Lunatic asylums Punjab 1868-1880 - 1868-1880
Year: 1868
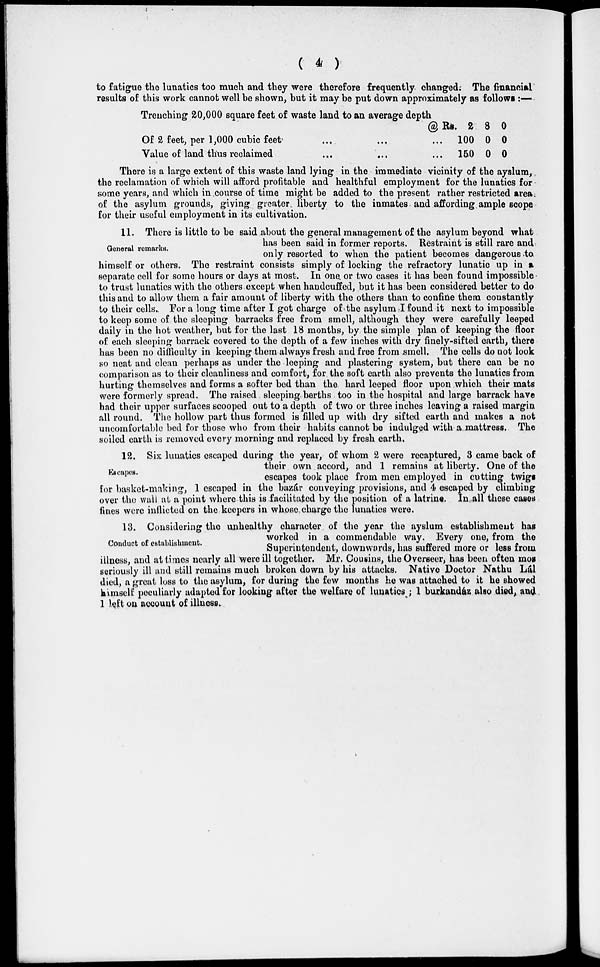
( 4 )
to fatigue the lunatics too much and they were therefore frequently changed. The financial
results of this work cannot well be shown, but it may be put down approximately as follows :—
Trenching
20,000 square feet of waste land to an average depth
@ Rs.
Of 2 feet, per 1,000 cubic feet
...
...
...
Value of land thus reclaimed
...
...
...
2
100
150
8
0
0
0
0
0
There is a large extent of this waste land lying in the immediate vicinity of the ayslum,
the reclamation of which will afford profitable and healthful employment for the lunatics for
some years, and which in course of time might be added to the present rather restricted area
of the asylum grounds, giving greater liberty to the inmates and affording ample scope
for their useful employment in its cultivation.
General remarks.
11. There is little to be said about the general management of the asylum beyond what
has been said in former reports. Restraint is still rare and
only resorted to when the patient becomes dangerous to
himself or others. The restraint consists simply of locking the refractory lunatic up in a
separate cell for some hours or days at most. In one or two cases it has been found impossible
to trust lunatics with the others except when handcuffed, but it has been considered better to do
this and to allow them a fair amount of liberty with the others than to confine them constantly
to their cells. For a long time after I got charge of the asylum I found it next to impossible
to keep some of the sleeping barracks free from smell, although they were carefully leeped
daily in the hot weather, but for the last 18 months, by the simple plan of keeping the floor
of each sleeping barrack covered to the depth of a few inches with dry finely-sifted earth, there
has been no difficulty in keeping them always fresh and free from smell. The cells do not look
so neat and clean perhaps as under the leeping and plastering system, but there can be no
comparison as to their cleanliness and comfort, for the soft earth also prevents the lunatics from
hurting themselves and forms a softer bed than the hard leeped floor upon which their mats
were formerly spread. The raised sleeping berths too in the hospital and large barrack have
had their upper surfaces scooped out to a depth of two or three inches leaving a raised margin
all round. The hollow part thus formed is filled up with dry sifted earth and makes a not
uncomfortable bed for those who from their habits cannot be indulged with a mattress. The
soiled earth is removed every morning and replaced by fresh earth.
Escapes.
12. Six lunatics escaped during the year, of whom 2 were recaptured, 3 came back of
their own accord, and 1 remains at liberty. One of the
escapes took place from men employed in cutting twigs
for basket-making, 1 escaped in the bazár conveying provisions, and 4 escaped by climbing
over the wall at a point where this is facilitated by the position of a latrine. In all these cases
fines were inflicted on the keepers in whose, charge the lunatics were.
Conduct of establishment.
13. Considering the unhealthy character of the year the ayslum establishment has
worked in a commendable way. Every one, from the
Superintendent, downwards, has suffered more or less from
illness, and at times nearly all were ill together. Mr. Cousins, the Overseer, has been often most
seriously ill and still remains much broken down by his attacks. Native Doctor Nathu Lál
died, a great loss to the asylum, for during the few months he was attached to it he showed
himself peculiarly adapted for looking after the welfare of lunatics ; 1 burkandáz also died, and
1 left on account of illness.